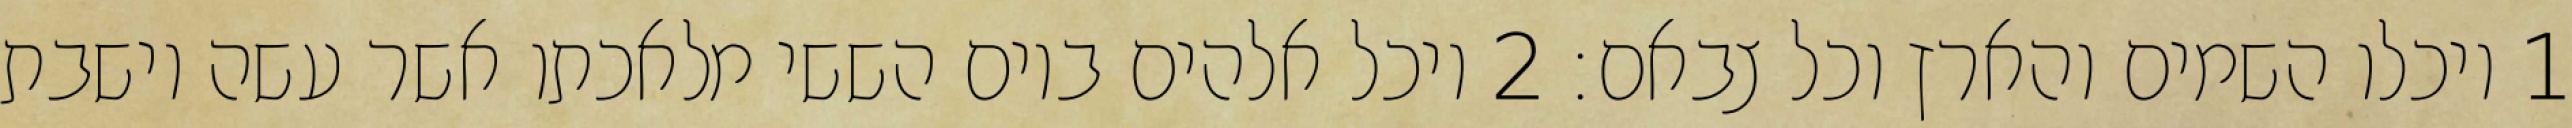
1 ויכלו השמים והארץ וכל צבאם׃ ‎2‏ ויכל אלהים ביום הששי מלאכתו אשר עשה וישבת